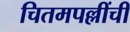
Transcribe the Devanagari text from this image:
चितमपल्लींची